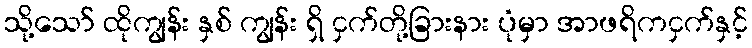
သို့သော် ထိုကျွန်း နှစ် ကျွန်း ရှိ ငှက်တို့ခြားနား ပုံမှာ အာဖရိကငှက်နှင့်